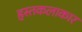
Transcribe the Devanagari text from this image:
हस्तकलाकार